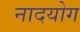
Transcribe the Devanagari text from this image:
नादयोग